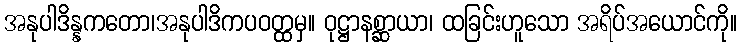
အနုပါဒိန္နကတော၊အနုပါဒိကပဝတ္ထမှ။ ဝုဋ္ဌာနစ္ဆာယာ၊ ထခြင်းဟူသော အရိပ်အယောင်ကို။